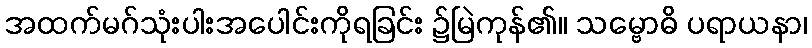
အထက်မဂ်သုံးပါးအပေါင်းကိုရခြင်း ၌မြဲကုန်၏။ သမ္ဗောဓိ ပရာယနာ၊